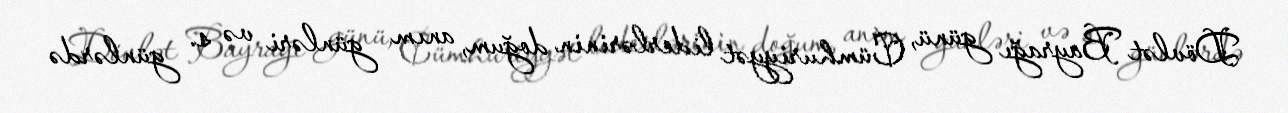
Dövlət Bayrağı günü, Cümhuriyyət liderlərinin doğum, anım günləri və s. günlərdə